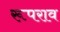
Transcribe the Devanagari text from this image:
रूपराव